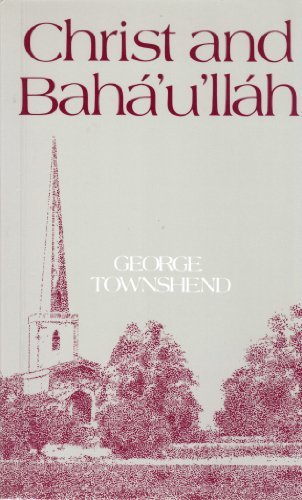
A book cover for Christ and BahÃ¡'u'llÃ¡h; George Townshend; Religion & Spirituality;